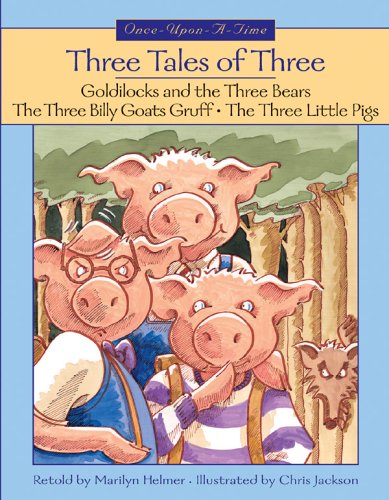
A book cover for Three Tales of Three (Once-Upon-a-Time); Marilyn Helmer; Children's Books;